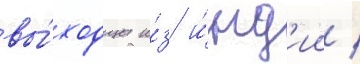
вы́ходцы и́з и́нд'ии /